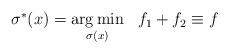
LaTeX: \begin{align*}\begin{aligned}\sigma^*(x) & = \underset{\sigma(x)}{\arg\min} & f_1 + f_2 \equiv f \end{aligned}\end{align*}